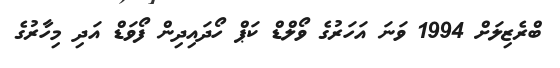
ބްރެޒިލަށް 1994 ވަނަ އަހަރުގެ ވޯލްޑް ކަޕް ހޯދައިދިން ފޯވަޑް އަދި މިހާރުގެ